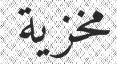
مخزية